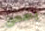
يضمن